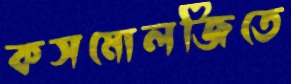
কসমোলজিতে